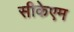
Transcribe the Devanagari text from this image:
सीकेएम